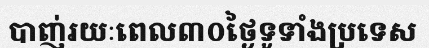
បាញ់រយៈពេល៣០ថ្ងៃទូទាំងប្រទេស